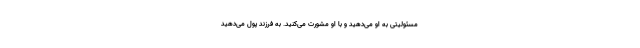
مسئولیتی به او می‌دهید و با او مشورت می‌کنید. به فرزند پول می‌دهید